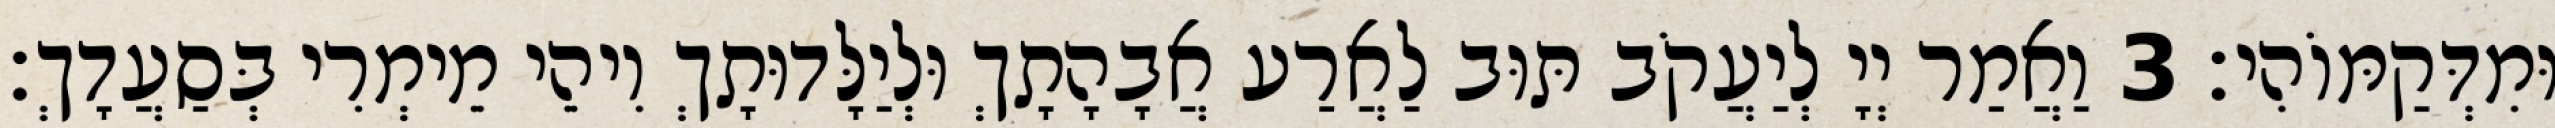
וּמִדְּקַמּוֹהִי׃ 3 וַאֲמַר יְיָ לְיַעֲקֹב תּוּב לַאֲרַע אֲבָהָתָךְ וּלְיַלָּדוּתָךְ וִיהֵי מֵימְרִי בְּסַעֲדָךְ׃